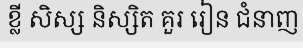
ខ្លី សិស្ស និស្សិត គួរ រៀន ជំនាញ